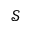
\mathscr { S }